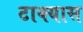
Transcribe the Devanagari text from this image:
टाक्यास